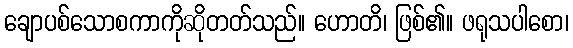
ချောပစ်သောစကာကိုဆိုတတ်သည်။ ဟောတိ၊ ဖြစ်၏။ ဖရုသပါစော၊